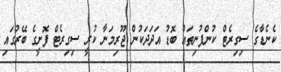
ކެނެޑާގެ ސިގިރެޓް ކުންފުނިތައް ބޮޑު އަދަދަކުން ޖޫރިމަނާ ކުރީ ސިގިރެޓް ފޮށީގެ ބޭރުގައި